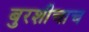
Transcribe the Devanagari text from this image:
बुरशीचाच